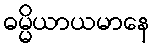
ဓမ္မိယာယမာနေ